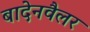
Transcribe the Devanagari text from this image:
बादेनवैलर